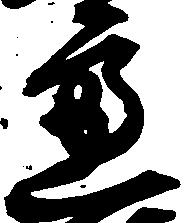
慮